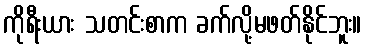
ကိုရီးယား သတင်းစာက ခက်လို့မဖတ်နိုင်ဘူး။